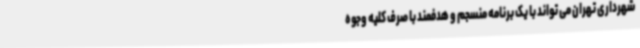
شهرداری تهران می تواند با یک برنامه منسجم و هدفمند با صرف کلیه وجوه